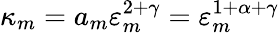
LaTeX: \kappa_{m}=a_{m}\varepsilon_{m}^{2+\gamma}=\varepsilon_{m}^{1+\alpha+\gamma}